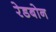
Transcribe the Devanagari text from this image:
रेडबोन